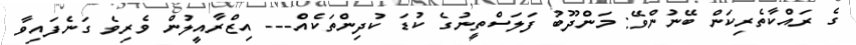
ގެ ރައްކާތެރިކަން ބޭނުންވޭ: މަންދޫބު ފަލަސްތީނުގެ ކުޑަ ކުދިންތަކެއް--- އިޒްރާއީލުން ވެރިވެ ގަނެފައިވާ